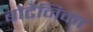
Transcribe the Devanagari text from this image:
बोटैनिका